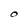
Character: O